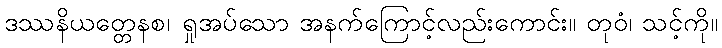
ဒဿနိယတ္တေနစ၊ ရှုအပ်သော အနက်ကြောင့်လည်းကောင်း။ တုဝံ၊ သင့်ကို။